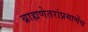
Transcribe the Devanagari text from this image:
ब्राह्मणेतरांप्रमाणेंच